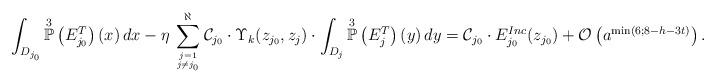
LaTeX: \begin{align*}\int_{D_{j_{0}}} \overset{3}{\mathbb{P}}\left(E^{T}_{j_{0}}\right)(x) \, dx - \eta \, \sum_{j=1 \atop j \neq j_{0}}^{\aleph} \mathcal{C}_{j_0} \cdot \Upsilon_{k}(z_{j_{0}},z_{j}) \cdot \int_{D_{j}} \overset{3}{\mathbb{P}}\left(E^{T}_j\right)(y)\, dy = \mathcal{C}_{j_0} \cdot E^{Inc}_{j_{0}}(z_{j_{0}}) + \mathcal{O}\left(a^{\min(6;8-h-3t)}\right). \end{align*}